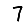
Digit: 7